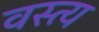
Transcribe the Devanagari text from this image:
वस्त्य